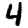
Digit: 4